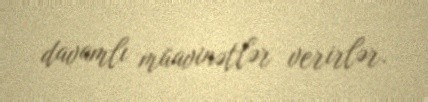
davamlı müavinətlər verirlər.